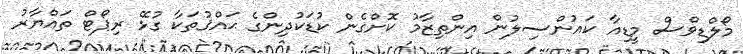
މޯލްޑިވްސް މީޑިއާ ކައުންސިލުން އިންތިޒާމު ކޮށްގެން ކުޑަކުދިންގެ ޙައްޤުތަކާ ގުޅޭ ރިޕޯޓް ތައްޔާރު